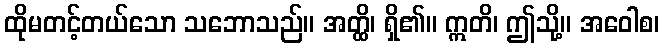
ထိုမတင့်တယ်သော သဘောသည်။ အတ္ထိ၊ ရှိ၏။ ဣတိ၊ ဤသို့။ အဝေါစ၊